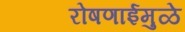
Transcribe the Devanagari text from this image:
रोषणाईमुळे